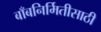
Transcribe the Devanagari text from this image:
बाँबनिर्मितीसाठी